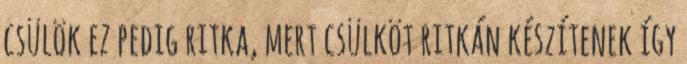
csülök ez pedig ritka, mert csülköt ritkán készítenek így